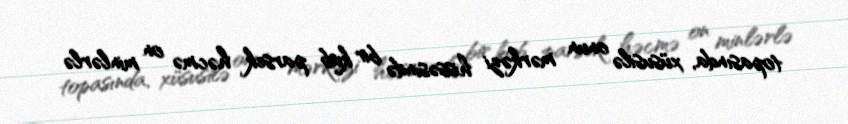
topasında, xüsusilə onun mərkəzi hissəsində bir kub parsek həcmə on minlərlə